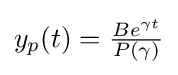
y_{p}(t)={\tfrac {Be^{\gamma t}}{P(\gamma )}}